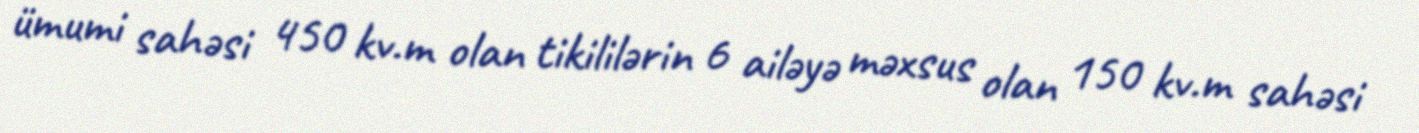
ümumi sahəsi 450 kv.m olan tikililərin 6 ailəyə məxsus olan 150 kv.m sahəsi